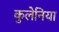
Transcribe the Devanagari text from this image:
कुलेनिया